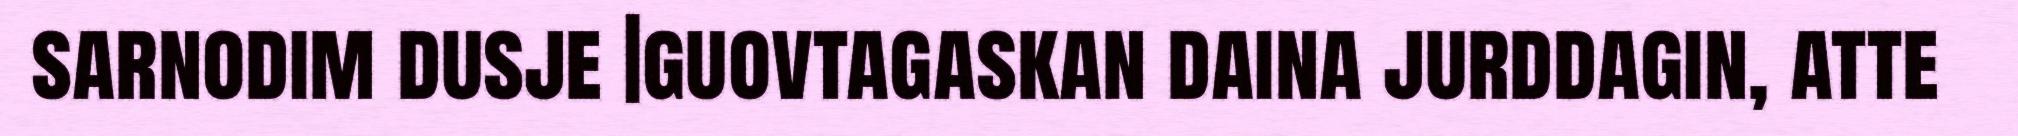
sarnodim dusje |guovtagaskan daina jurddagin, atte